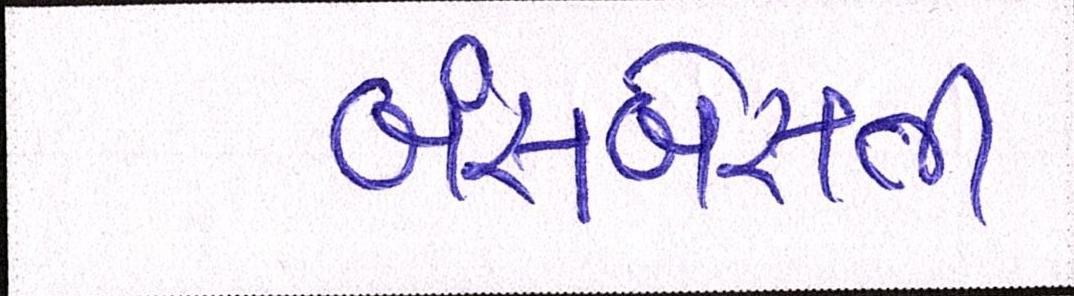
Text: બંસબેસતી